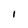
Character: l